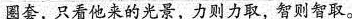
圈套，只看他来的光景，力则力取，智则智取。